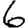
Digit: 6